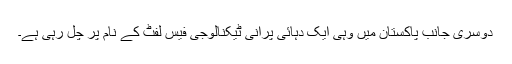
دوسری جانب پاکستان میں وہی ایک دہائی پرانی ٹیکنالوجی فیس لفٹ کے نام پر چل رہی ہے۔